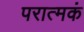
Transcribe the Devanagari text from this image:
परात्मकं